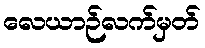
လေယာဉ်လက်မှတ်